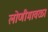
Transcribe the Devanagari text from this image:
लोणीमावळा